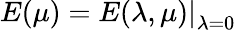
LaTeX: E(\mu)=\left.E(\lambda,\mu)\right|_{\lambda=0}